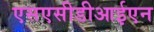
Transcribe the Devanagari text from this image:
एसएसीडीआईएन